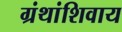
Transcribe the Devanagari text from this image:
ग्रंथांशिवाय